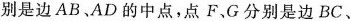
别是边AB.AD的中点，点F.G分别是边BC、